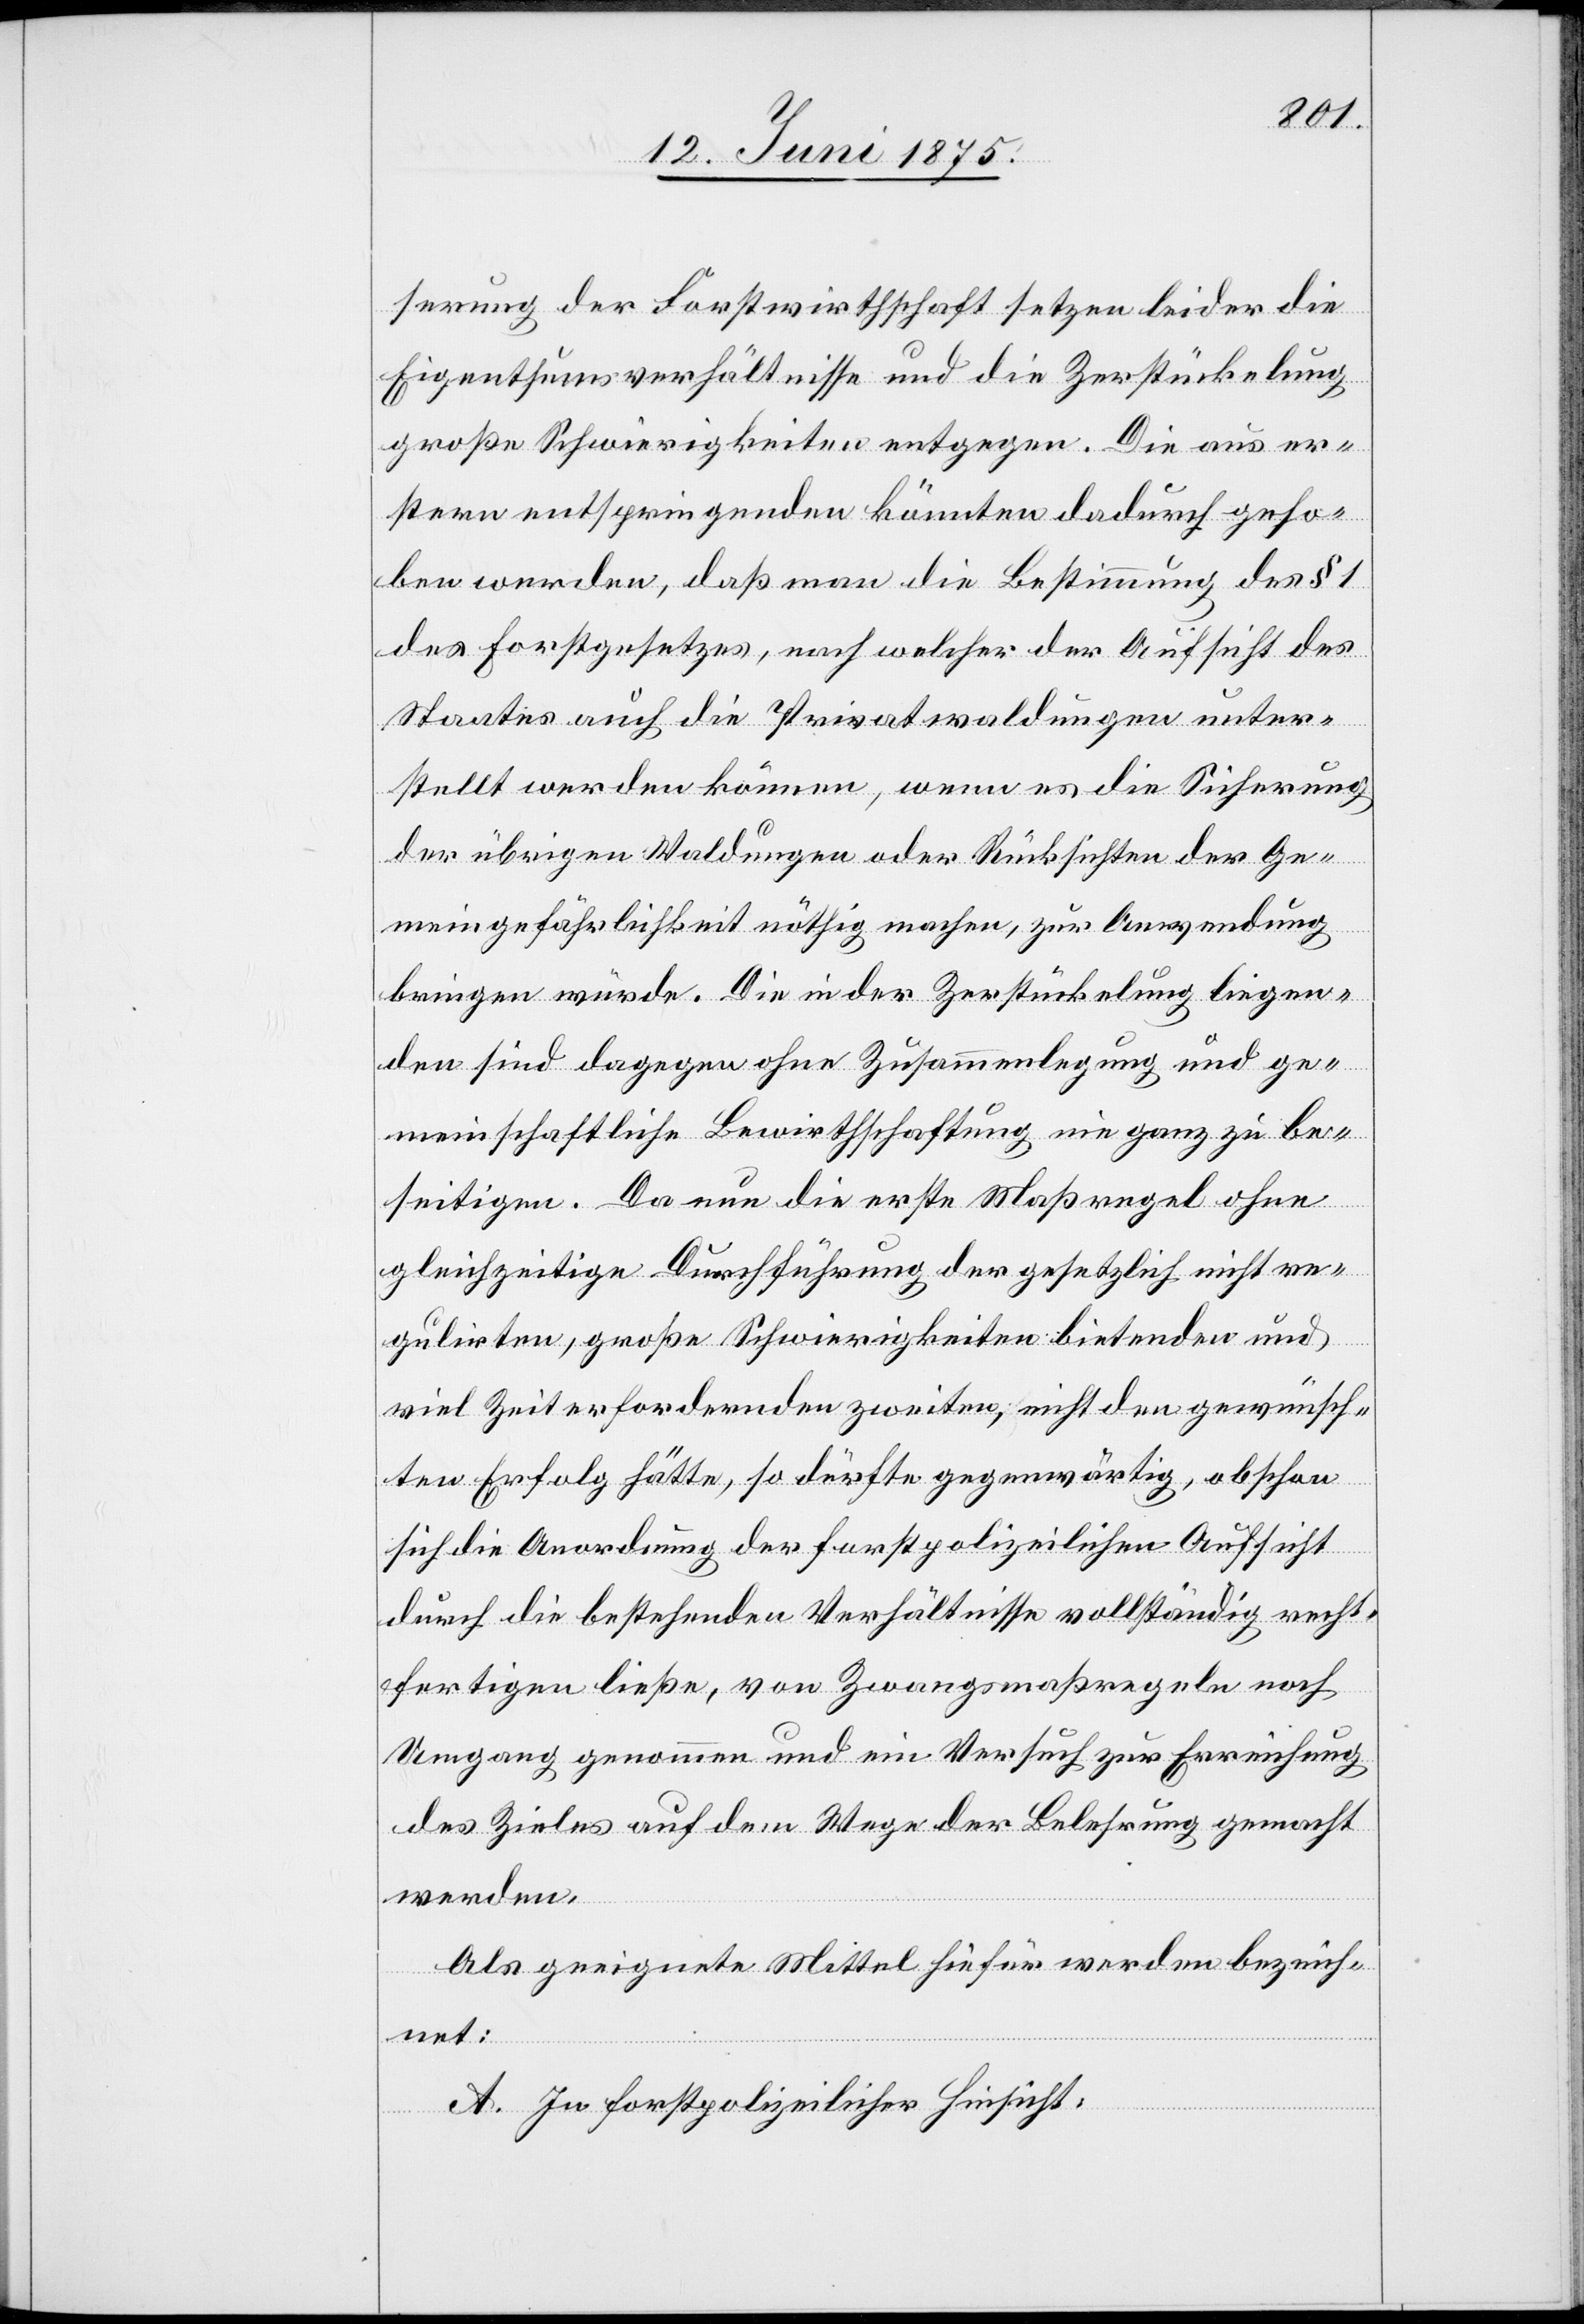
serung der Forstwirthschaft setzen leider die
Eigenthumsverhältnisse und die Zerstückelung
große Schwierigkeiten entgegen. Die aus er¬
stern entspringenden könnten dadurch geho¬
ben werden, daß man die Bestimmung des § 1
des Forstgesetzes, nach welcher der Aufsicht des
Staates auch die Privatwaldungen unter¬
stellt werden können, wenn es die Sicherung
der übrigen Waldungen oder Rücksichten der Ge¬
meingefährlichkeit nöthig machen, zur Anwendung
bringen würde. Die in der Zerstückelung liegen¬
den sind dagegen ohne Zusammenlegung und ge¬
meinschaftliche Bewirthschaftung nie ganz zu be¬
seitigen. Da nun die erste Maßregel ohne
gleichzeitige Durchführung der gesetzlich nicht re¬
gulirten, große Schwierigkeiten bietenden und
viel Zeit erfordernden zweiten, nicht den gewünsch¬
ten Erfolg hätte, so dürfte gegenwärtig, obschon
sich die Anordnung der forstpolizeilichen Aufsicht
durch die bestehenden Verhältnisse vollständig recht¬
fertigen ließe, von Zwangsmaßregeln noch
Umgang genommen und ein Versuch zur Erreichung
des Zieles auf dem Wege der Belehrung gemacht
werden.
Als geeignete Mittel hiefür werden bezeich¬
net:
A. In forstpolizeilicher Hinsicht: